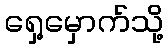
ရှေ့မှောက်သို့